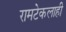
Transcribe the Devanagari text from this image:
रामटेकलाही